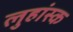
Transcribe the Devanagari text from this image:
लुहांस्क